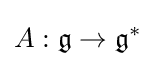
A:{\mathfrak {g}}\to {\mathfrak {g}}^{*}